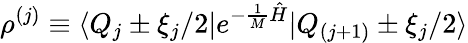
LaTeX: \rho^{(j)}\equiv\langle Q_{j}\pm\xi_{j}/2|e^{-\frac{1}{M}{\hat{H}}}|Q_{(j+1)}\pm\xi_{j}/2\rangle